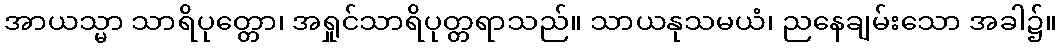
အာယသ္မာ သာရိပုတ္တော၊ အရှုင်သာရိပုတ္တရာသည်။ သာယနုသမယံ၊ ညနေချမ်းသော အခါ၌။